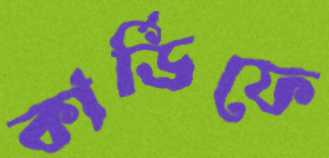
কার্ডিফে